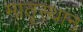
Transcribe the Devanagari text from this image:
मातृस्थान